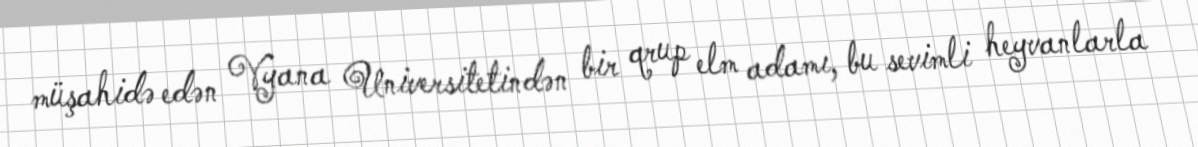
müşahidə edən Vyana Universitetindən bir qrup elm adamı, bu sevimli heyvanlarla